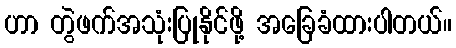
ဟာ တွဲဖက်အသုံးပြုနိုင်ဖို့ အခြေခံထားပါတယ်။